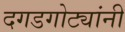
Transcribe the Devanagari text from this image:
दगडगोट्यांनी